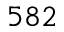
5 8 2